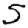
Digit: 5